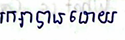
រក្សាបានដោយ